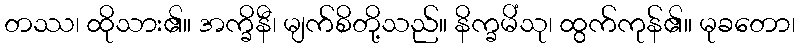
တဿ၊ ထိုသား၏။ အက္ခိနီ၊ မျက်စိတို့သည်။ နိက္ခမိံသု၊ ထွက်ကုန်၏။ မုခတော၊